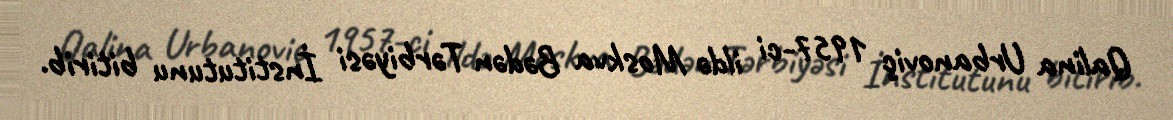
Qalina Urbanoviç 1957-ci ildə Moskva Bədən Tərbiyəsi İnstitutunu bitirib.